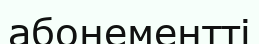
абонементті